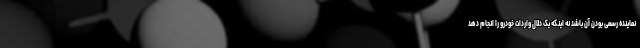
نماینده رسمی بودن آن باشد نه اینکه یک دلال واردات خودرو را انجام دهد